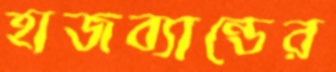
হাজব্যান্ডের